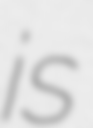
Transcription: is